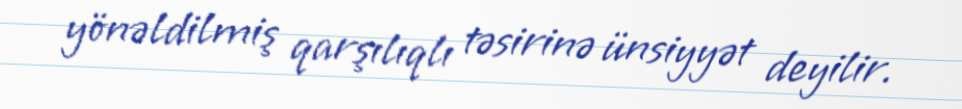
yönəldilmiş qarşılıqlı təsirinə ünsiyyət deyilir.